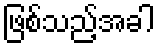
ဖြစ်သည့်အခါ